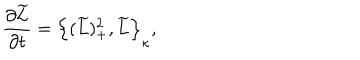
\frac { \partial \widetilde { L } } { \partial t } = \Big \{ ( \widetilde { L } ) _ { + } ^ { 2 } , \widetilde { L } \Big \} _ { \kappa } ,